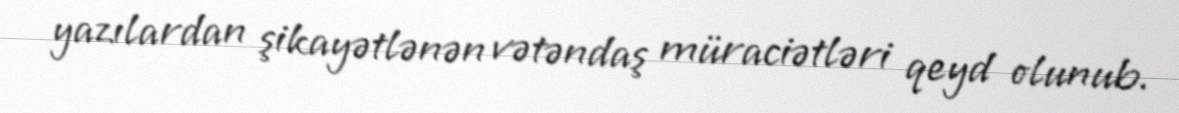
yazılardan şikayətlənən vətəndaş müraciətləri qeyd olunub.